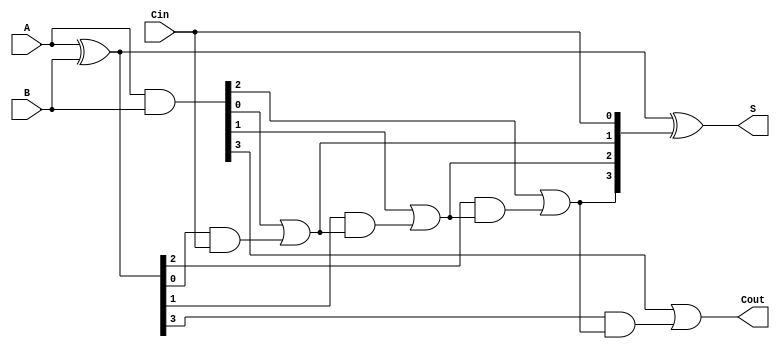
module RCLA #(parameter n = 4) (
    input [n-1:0] A,
    input [n-1:0] B,
    input Cin,
    output [n-1:0] S,
    output Cout
);

    // Generate and propagate signals
    wire [n-1:0] G; // Generate signals
    wire [n-1:0] P; // Propagate signals
    wire [n:0] C;   // Carry signals (C[n] is Cout)
    
    // Generate and propagate calculations
    assign G = A & B;         // G[i] = A[i] AND B[i]
    assign P = A ^ B;         // P[i] = A[i] XOR B[i]
    
    // Carry calculations
    assign C[0] = Cin; // C0 = Cin
    genvar i;
    generate
        for (i = 0; i < n; i = i + 1) begin : carry_gen
            assign C[i + 1] = G[i] | (P[i] & C[i]); // Carry propagation
        end
    endgenerate

    // Sum calculations
    assign S = P ^ C[n-1:0]; // S[i] = P[i] XOR C[i]

    // Final carry-out calculation
    assign Cout = G[n-1] | (P[n-1] & C[n-1]);

endmodule